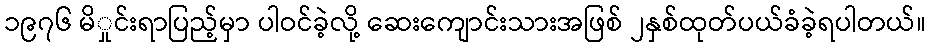
၁၉၇၆ မိှုင်းရာပြည့်မှာ ပါဝင်ခဲ့လို့ ဆေးကျောင်းသားအဖြစ် ၂နှစ်ထုတ်ပယ်ခံခဲ့ရပါတယ်။